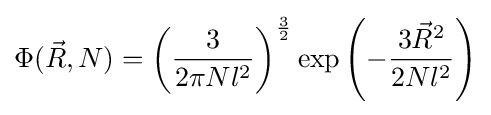
\Phi ({\vec {R}},N)=\left({\frac {3}{2\pi Nl^{2}}}\right)^{\frac {3}{2}}\exp \left(-{\frac {3{\vec {R}}^{2}}{2Nl^{2}}}\right)